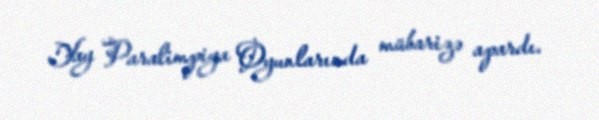
Yay Paralimpiya Oyunlarında mübarizə apardı.